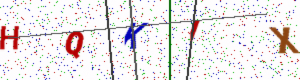
Text: HQKIX